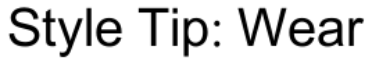
Style Tip: Wear